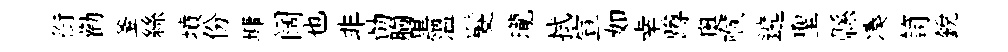
銜勸釜絲墳份墉阔也非勣胸黒溫髮瓏拭宣如幸蹲奧喉遶聖縣凑笥銳